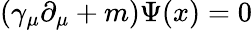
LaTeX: \left(\gamma_{\mu}\partial_{\mu}+m\right)\Psi(x)=0